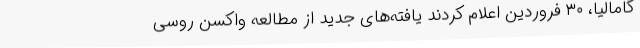
گامالیا، ۳۰ فروردین اعلام کردند یافته‌های جدید از مطالعه واکسن روسی